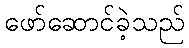
ဖော်ဆောင်ခဲ့သည်